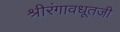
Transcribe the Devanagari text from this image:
श्रीरंगावधूतजी